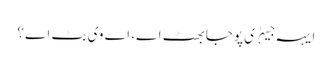
ایہہ جیہڑی پوجا بھٹ اے، اے وی بٹ اے؟